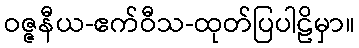
ဝဇ္ဇနီယ-ဧက်ဝီသ-ထုတ်ပြပါဠိမှာ။